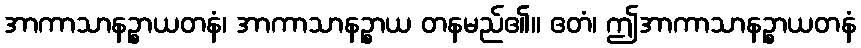
အာကာသာနဉ္စာယတနံ၊ အာကာသာနဉ္စာယ တနမည်၏။ ဧတံ၊ ဤအာကာသာနဉ္စာယတနံ